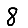
Digit: 8